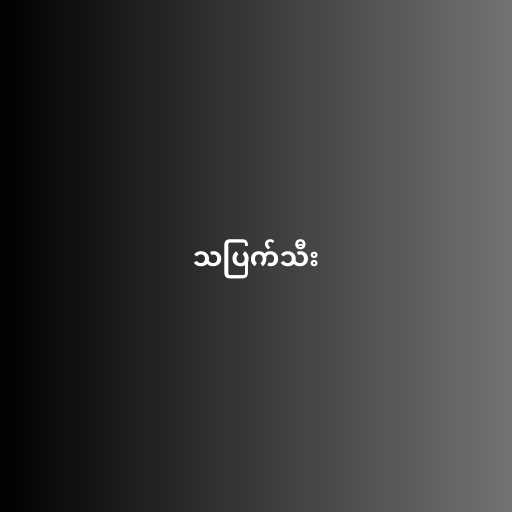
သပြက်သီး